Vaccination in Bombay 1869-1873 - 1869-1873
Year: 1869
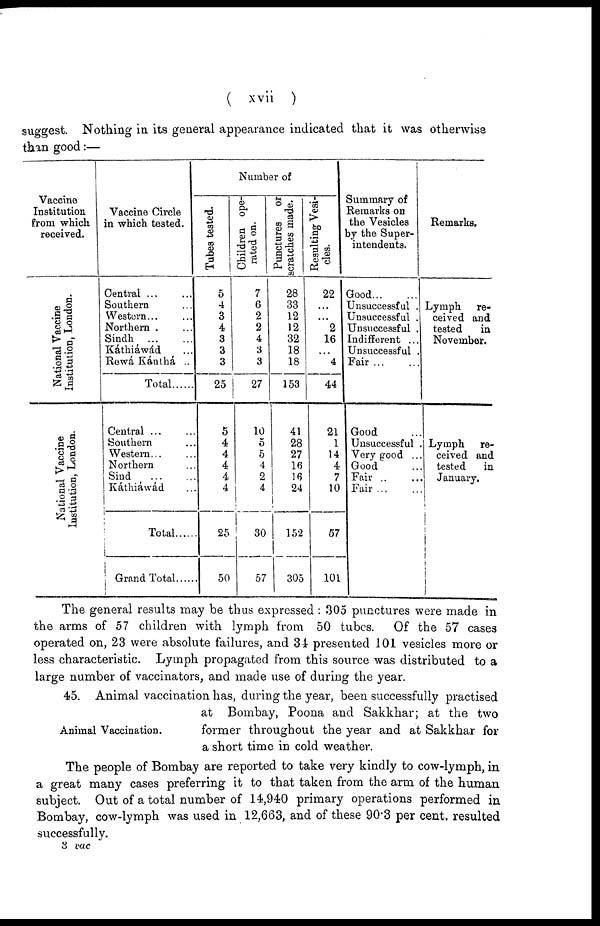
( xvii )
suggest. Nothing in its general appearance indicated that it was otherwise
than good:—
Vaccine
Institution
from which
received.
National Vaccine
Institution, London.
National Vaccine
Institution, London.
Vaccine Circle
in which tested.
Central ... ...
Southern ...
Western... ...
Northern . ...
Sindh...
...
Káthiáwád ...
Rewá Kánthá ...
Total......
Central...
...
Southern ...
Western... ...
Northern ...
Sind
... ...
Káthiáwád ...
Total......
Grand Total.....
Number of
Tubes tested.
5
4
3
4
3
3
3
25
5
4
4
4
4
4
25
50
Children ope-
rated on.
7
6
2
2
4
3
3
27
10
5
5
4
2
4
30
57
Punctures or
scratches made.
28
33
12
12
32
18
18
153
41
28
27
16
16
24
152
305
Resulting Vesi-
cles.
22
...
...
2
16
...
4
44
21
1
14
4
7
10
57
101
Summary of
Remarks on
the Vesicles
by the Super-
intendents.
Good...
...
Unsuccessful .
Unsuccessful .
Unsuccessful .
Indifferent ...
Unsuccessful .
Fair
...
...
Good ...
Unsuccessful.
Very good ...
Good ...
Fair .. ...
Fair ... ...
Remarks.
Lymph
re-
ceived and
tested
in
November.
Lymph
re-
ceived and
tested
in
January.
The general results may be thus expressed : 305 punctures were made in
the arms of 57 children with lymph from 50 tubes. Of the 57 cases
operated on, 23 were absolute failures, and 34 presented 101 vesicles more or
less characteristic. Lymph propagated from this source was distributed to a
large number of vaccinators, and made use of during the year.
Animal Vaccination.
45. Animal vaccination has, during the year, been successfully practised
at Bombay, Poona and Sakkhar; at the two
former throughout the year and at Sakkhar for
a short time in cold weather.
The people of Bombay are reported to take very kindly to cow-lymph, in
a great many cases preferring it to that taken from the arm of the human
subject. Out of a total number of 14,940 primary operations performed in
Bombay, cow-lymph was used in 12,663, and of these 90.3 per cent. resulted
successfully.
3 vac